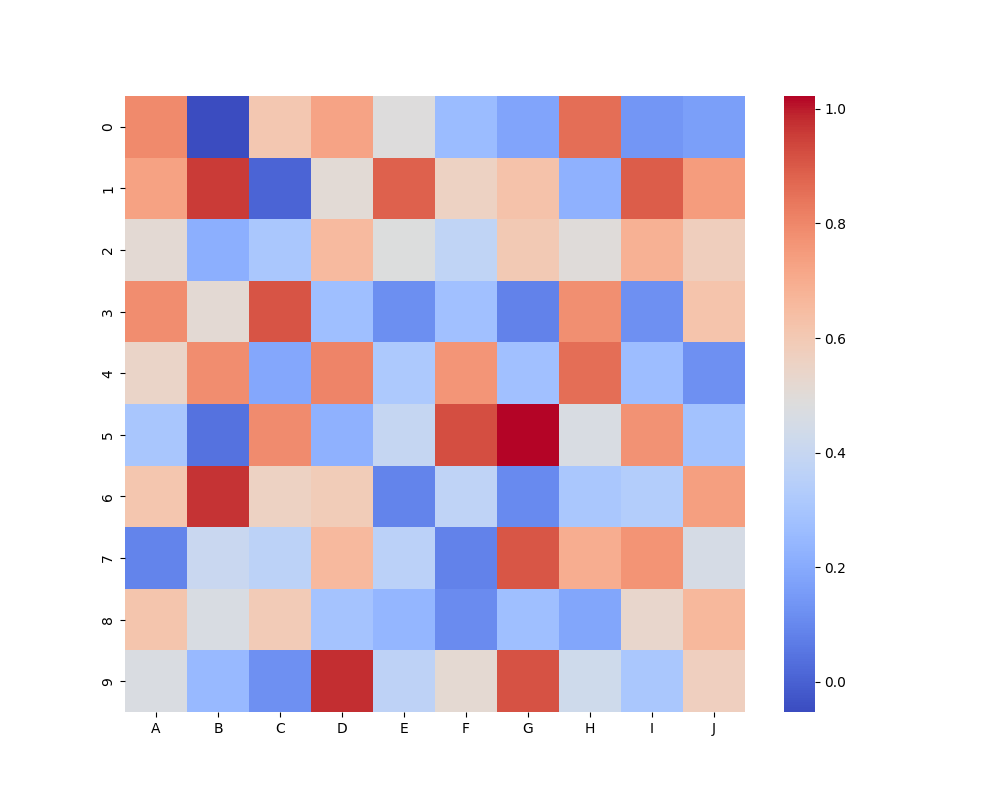
python, seaborn, heatmap, cmap='coolwarm', linewidths=0.0, center=none